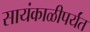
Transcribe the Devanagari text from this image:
सायंकाळीपर्यंत